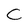
Character: C